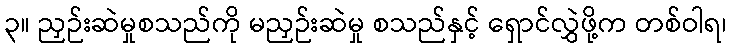
၃။ ညှဉ်းဆဲမှုစသည်ကို မညှဉ်းဆဲမှု စသည်နှင့် ရှောင်လွှဲဖို့က တစ်ဝါရ၊